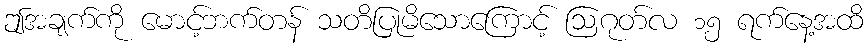
ဤအချက်ကို မောင့်ဘက်တန် သတိပြုမိသောကြောင့် ဩဂုတ်လ ၁၅ ရက်နေ့အထိ